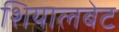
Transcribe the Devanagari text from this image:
शियालबेट